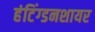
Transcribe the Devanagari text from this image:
हंटिंग्डनशायर